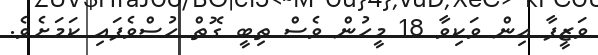
ވަޒީފާ އިން ވަކިވާ 18 މީހުން ވެސް ތިބީ ގޮތް ހުސްވެފައި ކަމަށެވެ.